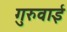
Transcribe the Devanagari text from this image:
गुरुवाई